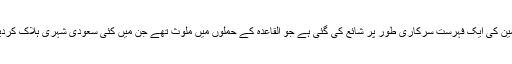
سنی مجرمین کی ایک فہرست سرکاری طور پر شائع کی گئی ہے جو القاعدہ کے حملوں میں ملوث تھے جن میں کئی سعودی شہری ہلاک کردیئے گئے ۔